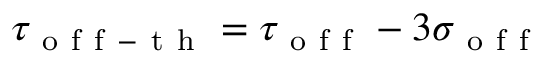
\tau _ { \mathrm { ~ o ~ f ~ f ~ - ~ t ~ h ~ } } = \tau _ { \mathrm { ~ o ~ f ~ f ~ } } - 3 \sigma _ { \mathrm { ~ o ~ f ~ f ~ } }